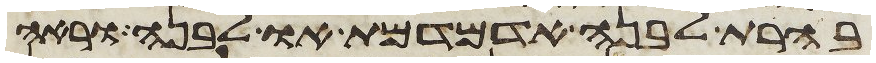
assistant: בהרת לבנה אדמדמת או לבנה וראה